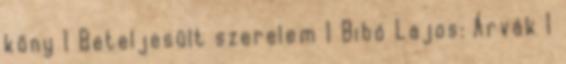
köny 1 Beteljesült szerelem 1 Bibó Lajos: Árvák 1